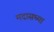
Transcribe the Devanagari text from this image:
मदासच्या